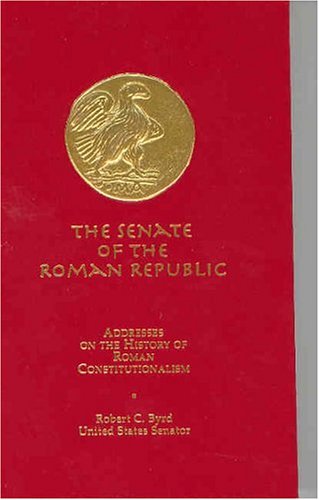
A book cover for The Senate of the Roman Republic: Addresses on the History of Roman Constitutionalism; Robert C. Byrd; Literature & Fiction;